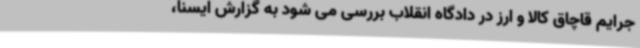
جرایم قاچاق کالا و ارز در دادگاه انقلاب بررسی می شود به گزارش ایسنا،